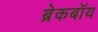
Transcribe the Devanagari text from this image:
ब्रेकबॉय